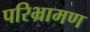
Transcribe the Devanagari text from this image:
परिभ्रामण